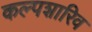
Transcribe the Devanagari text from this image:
कल्पशारिव